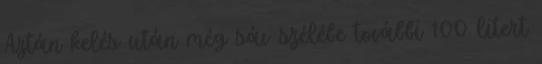
Aztán kelés után még sáv szélébe további 100 litert